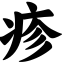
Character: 疹